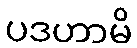
ပဒဟာမိ